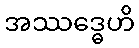
အဿဒ္ဓေဟိ